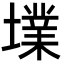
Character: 𡑿